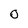
Character: O